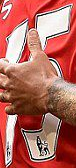
15